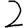
Digit: 2